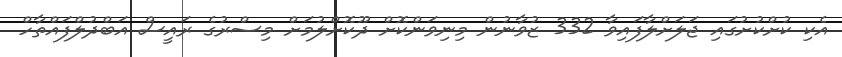
އެކި ކުށްކުށުގައި ޖަލަށްލާފައިވާ 332 ޒުވާނުން މިނިވަންކޮށް ދޫކޮށްލުމަށް މިސްރުގެ ރައީސް އަބްދުލްފައްތާހް